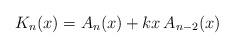
LaTeX: \begin{align*}K_n(x)=A_{n}(x)+ k x\,A_{n-2}(x)\end{align*}